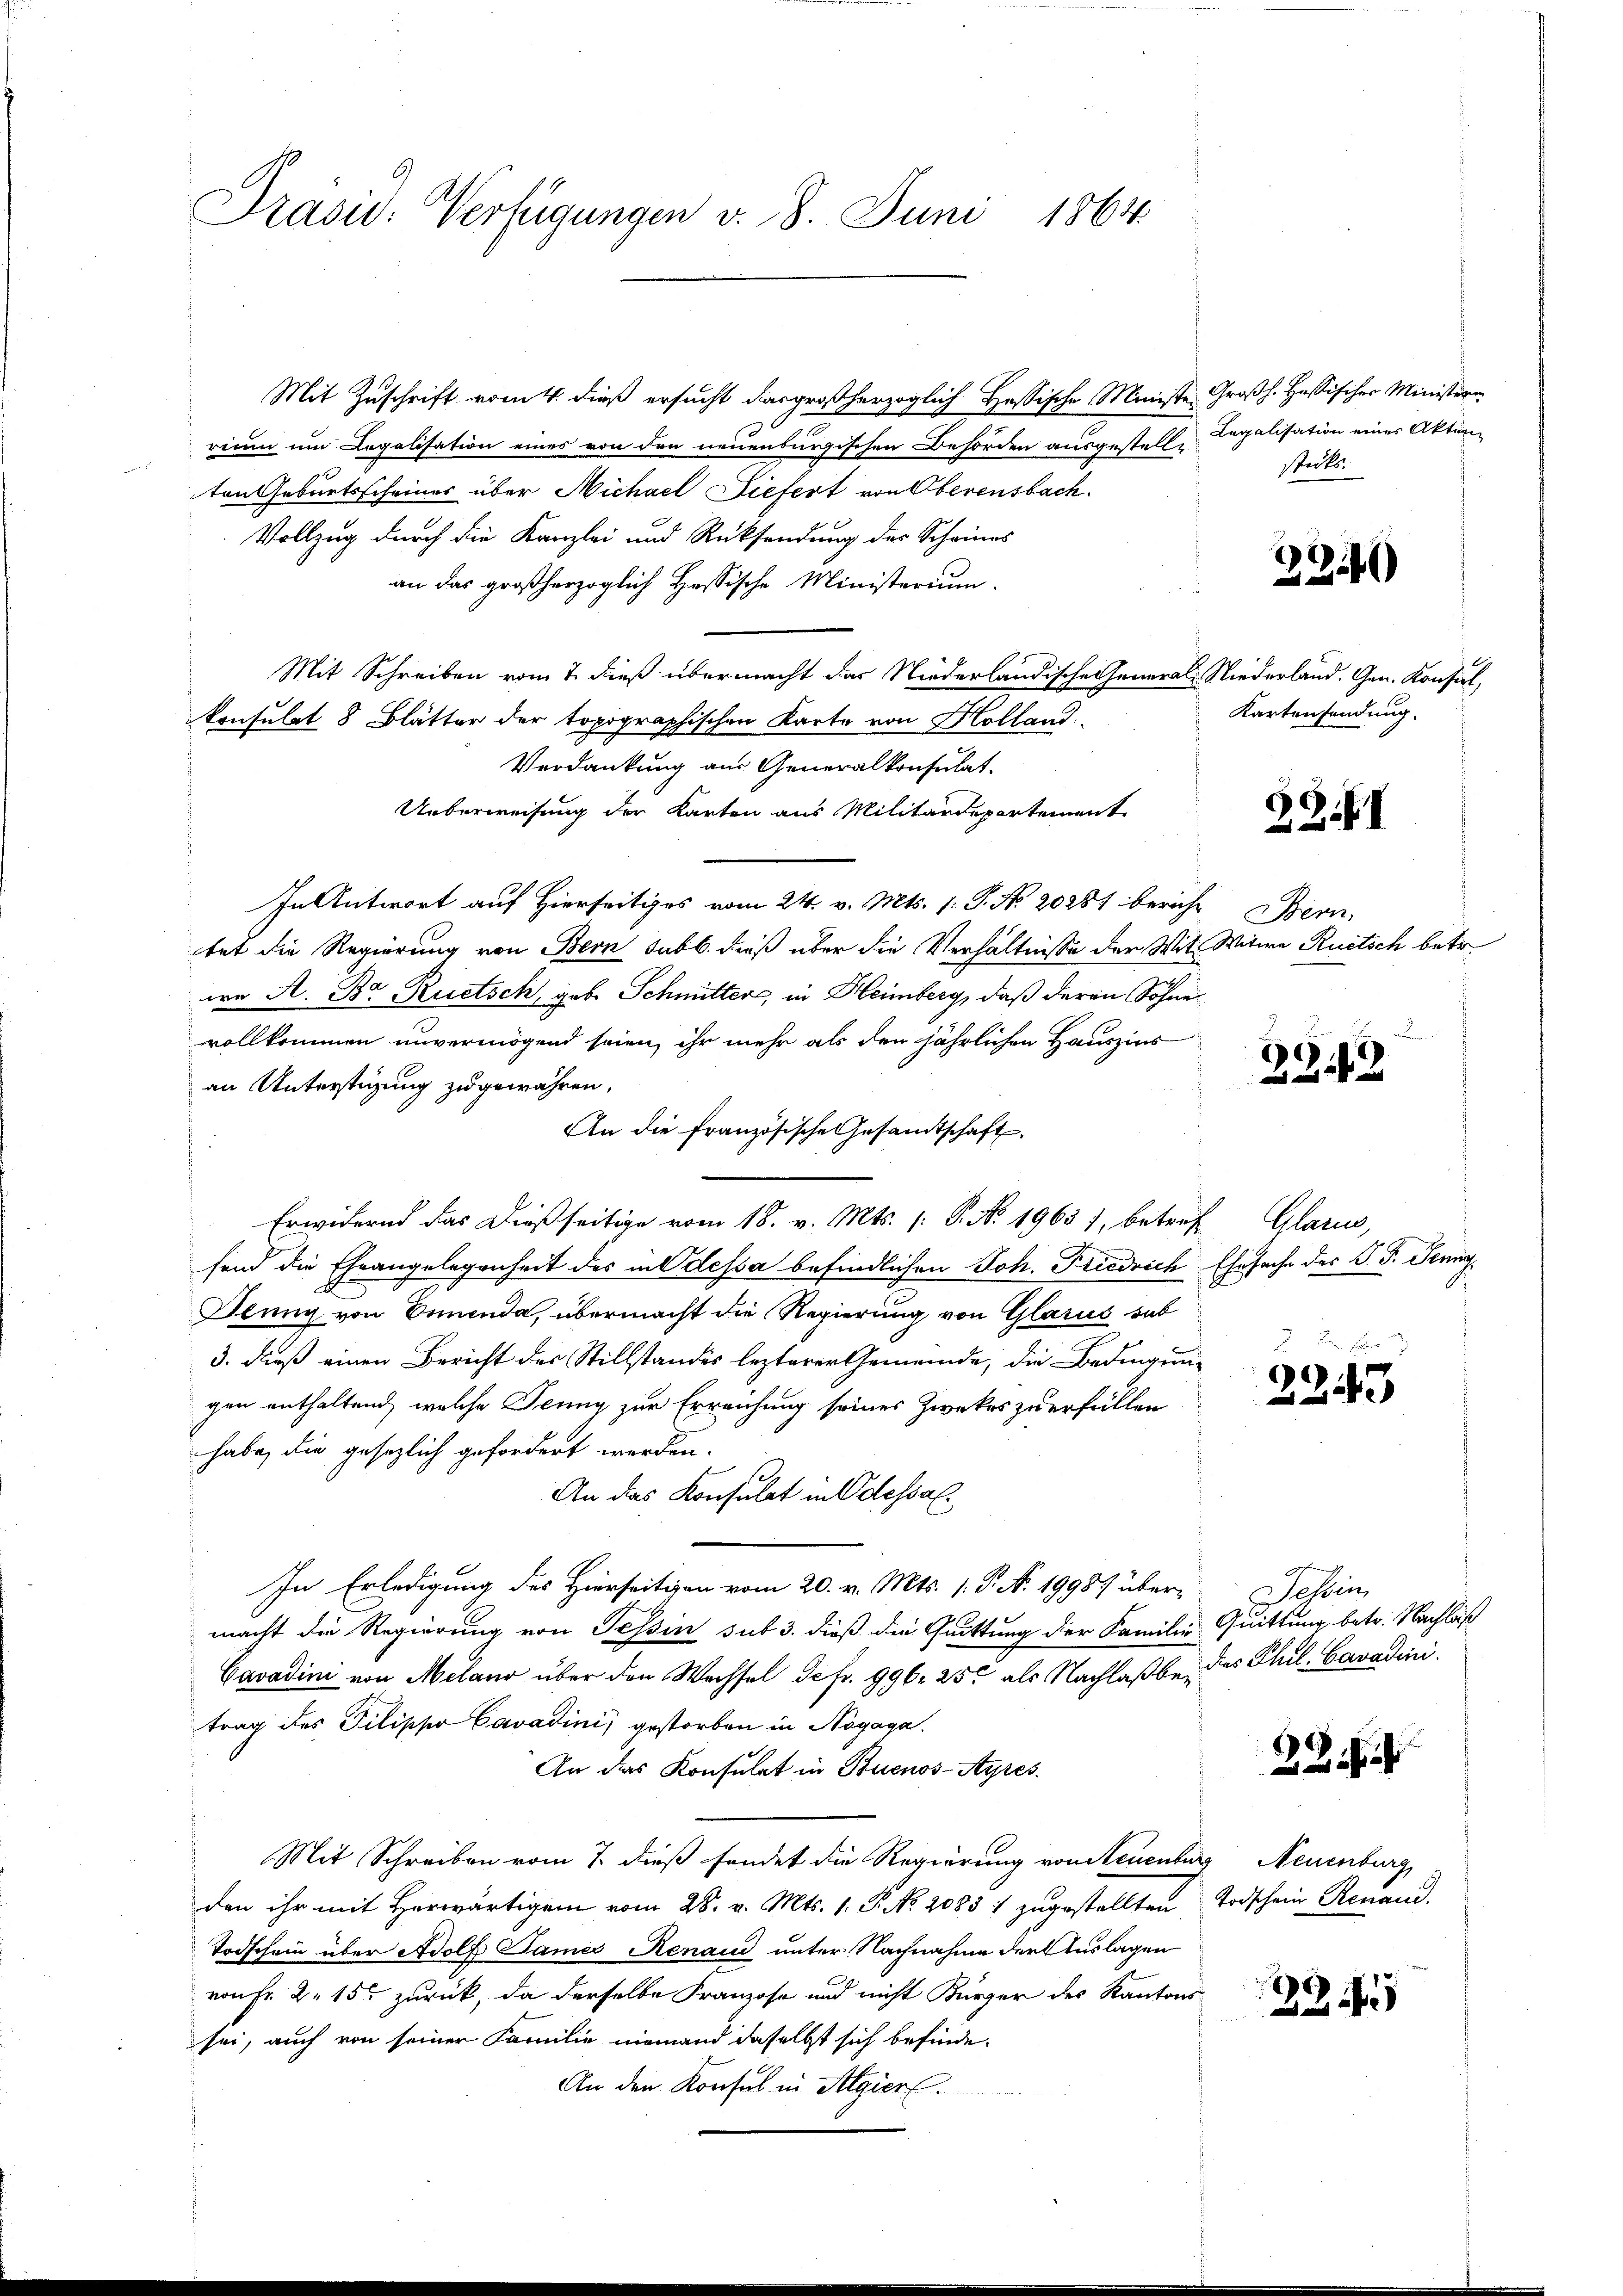
Präsid. Verfügungen v. 8. Juni 1864

Mit Zuschrift vom 4. dieß ersucht das großherzoglich Hassische Ministe-
rium um Degalisation eines von den neuenburgischen Behörden ausgestellt
ten Geburtsscheines über Michael Liefert von Oberensbach.
Vollzug durch die Kanzlei und Rücksendung der Scheines
an das großherzoglich Hessische Ministerium.
Mit Schreiben vom 7. dieß übermacht das Niederländische Generals Niederland. Gen. Konsul,
konsulat 8 Blätter der topographischen Karto von Holland
Verdankung aus Generalkonsulat-
Ueberweisung der Karten aus Militärdepartement
In Antwort auf Hierseitiges vom 24. v. Mts. 1. P. No 20281 bericht Bern
tet die Regierung von Bern sub b. dieß über die Verhältnisse der Mit Witwe Ruetsch betr.
we A. Br. Ruetsch, geb. Schmitter, in Heimberg, daß deren Söhne
vollkommen unvermögend seien, ihr mehr als den jährlichen Hauszins
an Unterstigung zugewähren.
An die französische Gesamtschaft,
Erwidernd das dießseitige vom 18. v. Mts. (: P. Nr. 19631, betresend die Ehrangelegenheit des in Odessa befindlichen Joh. Friedrich
Jlung von Ennenda, übermacht die Regierung von Glarus hab
3. dieß einen Bericht des Stillstandes lezterer Gemeinde, die Bedingung
gen enthaltend, welche Jenny zur Erreichung seines Zweckes zu erfüllen
habe, die gesetzlich gefordert werden.
An das Konsulat in Odessal.
In Erledigung des Hierseitigen vom 20. v. Mts. 1. P. N. 19987 über-
macht die Regierung von Tessin sub 3. dieß die Quittung der Familie
Cavadini von Meland über den Wachsel de fr. 996. 250 als Nachlaß beytrag des Pilippo Cavadini, gestorben in Nogaga.
An das Konsulat in Buenos-Ayres.
Mit Schreiben vom 7. dieß findet die Regierung von Steuenburg Neuenburg,
den ihr mit Herwärtigen vom 28. v. Mts. 1. P. No 20831 zugestellten
Todschein über Adolf Sames Renau unter Nachnahme der Auslagen
von Fr. 2. 155 zurück, da derselbe Franzose und nicht Bürger des Kantons
sei, auch von seiner Familie niemand daselbst sich befinde-
An den Konsul in Algier

Großh. Hassischer Ministerin
Legalisation eines Akten
stücks.

2240

Kartensendung.

32.II

2212

Glarus,
Ehesache der G. P. Peri

2243

Tessin
Quittung betr. Nachläß
des Phil. Cavadini.

22

Todschein Renaud.

22